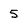
Character: 5